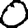
Digit: 0